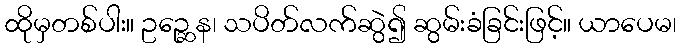
ထိုမှတစ်ပါး။ ဥဉ္ဆေန၊ သပိတ်လက်ဆွဲ၍ ဆွမ်းခံခြင်းဖြင့်။ ယာပေမ၊